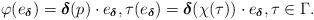
LaTeX: \begin{align*}\varphi (e_{\boldsymbol\delta})=\boldsymbol{\delta} (p)\cdot e_{\boldsymbol\delta}, \tau (e_{\boldsymbol\delta})=\boldsymbol\delta (\chi (\tau))\cdot e_{\boldsymbol\delta},\tau \in \Gamma.\end{align*}